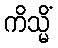
ကိသ္မိံ